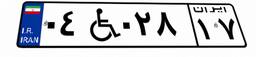
۰۴W۰۲۸۱۷